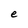
Character: e